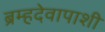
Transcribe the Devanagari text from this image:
ब्रम्हदेवापाशी